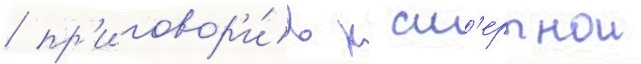
/ пр'иговор'и́в к см'ертнои